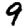
Digit: 9